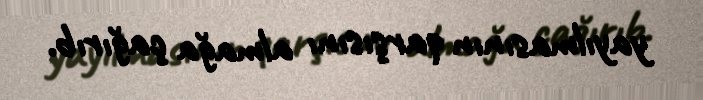
yayılmasının qarşısını almağa çağırıb.